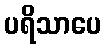
ပရိသာပေ